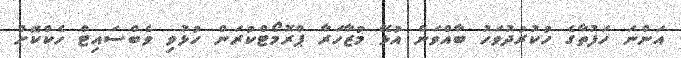
އަންނަ ހަފުތާގެ ހުކުރުދުވަހު ބާއްވަން އުޅޭ މުޒާހަރާ ޕްރޮމޯޓްކުރަން ހުޅުވި ވެބްސައިޓް ހެކްކޮށް